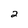
Character: 2